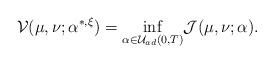
LaTeX: \begin{align*}\mathcal{V}(\mu,\nu;\alpha^{*,\xi})=\underset{\alpha\in\mathcal{U}_{ad}(0,T)}{\inf} \mathcal{J(}\mu,\nu;\alpha).\end{align*}